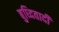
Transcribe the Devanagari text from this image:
बुध्दिवादी